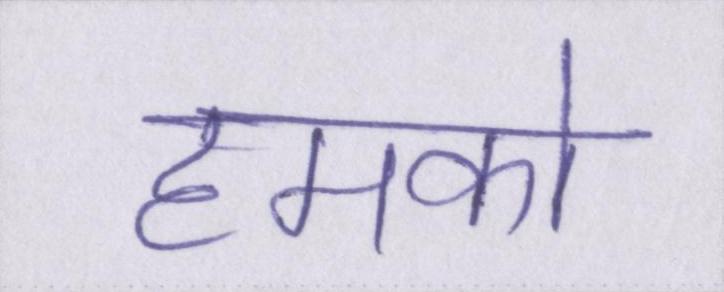
हमको